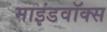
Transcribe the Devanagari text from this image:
माइंडवॉक्स